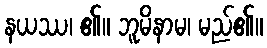
နယဿ၊ ၏။ ဘူမိနာမ၊ မည်၏။